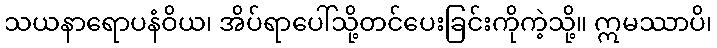
သယနာရောပနံဝိယ၊ အိပ်ရာပေါ်သို့တင်ပေးခြင်းကိုကဲ့သို့။ ဣမဿာပိ၊